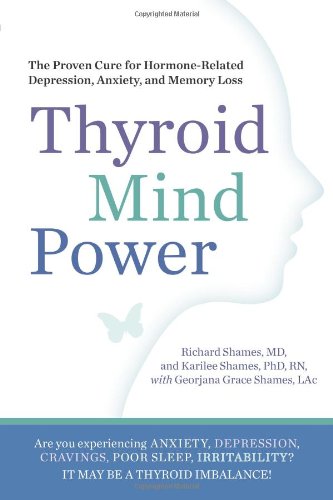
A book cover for Thyroid Mind Power: The Proven Cure for Hormone-Related Depression, Anxiety, and Memory Loss; Richard Shames; Health, Fitness & Dieting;